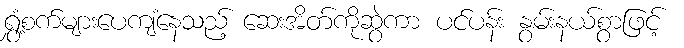
ရွှံ့စက်များပေကျံနေသည့် ဆေးအိတ်ကိုဆွဲကာ ပင်ပန်း နွမ်းနယ်စွာဖြင့်